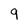
Character: 9